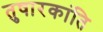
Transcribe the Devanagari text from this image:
तुषारकांति